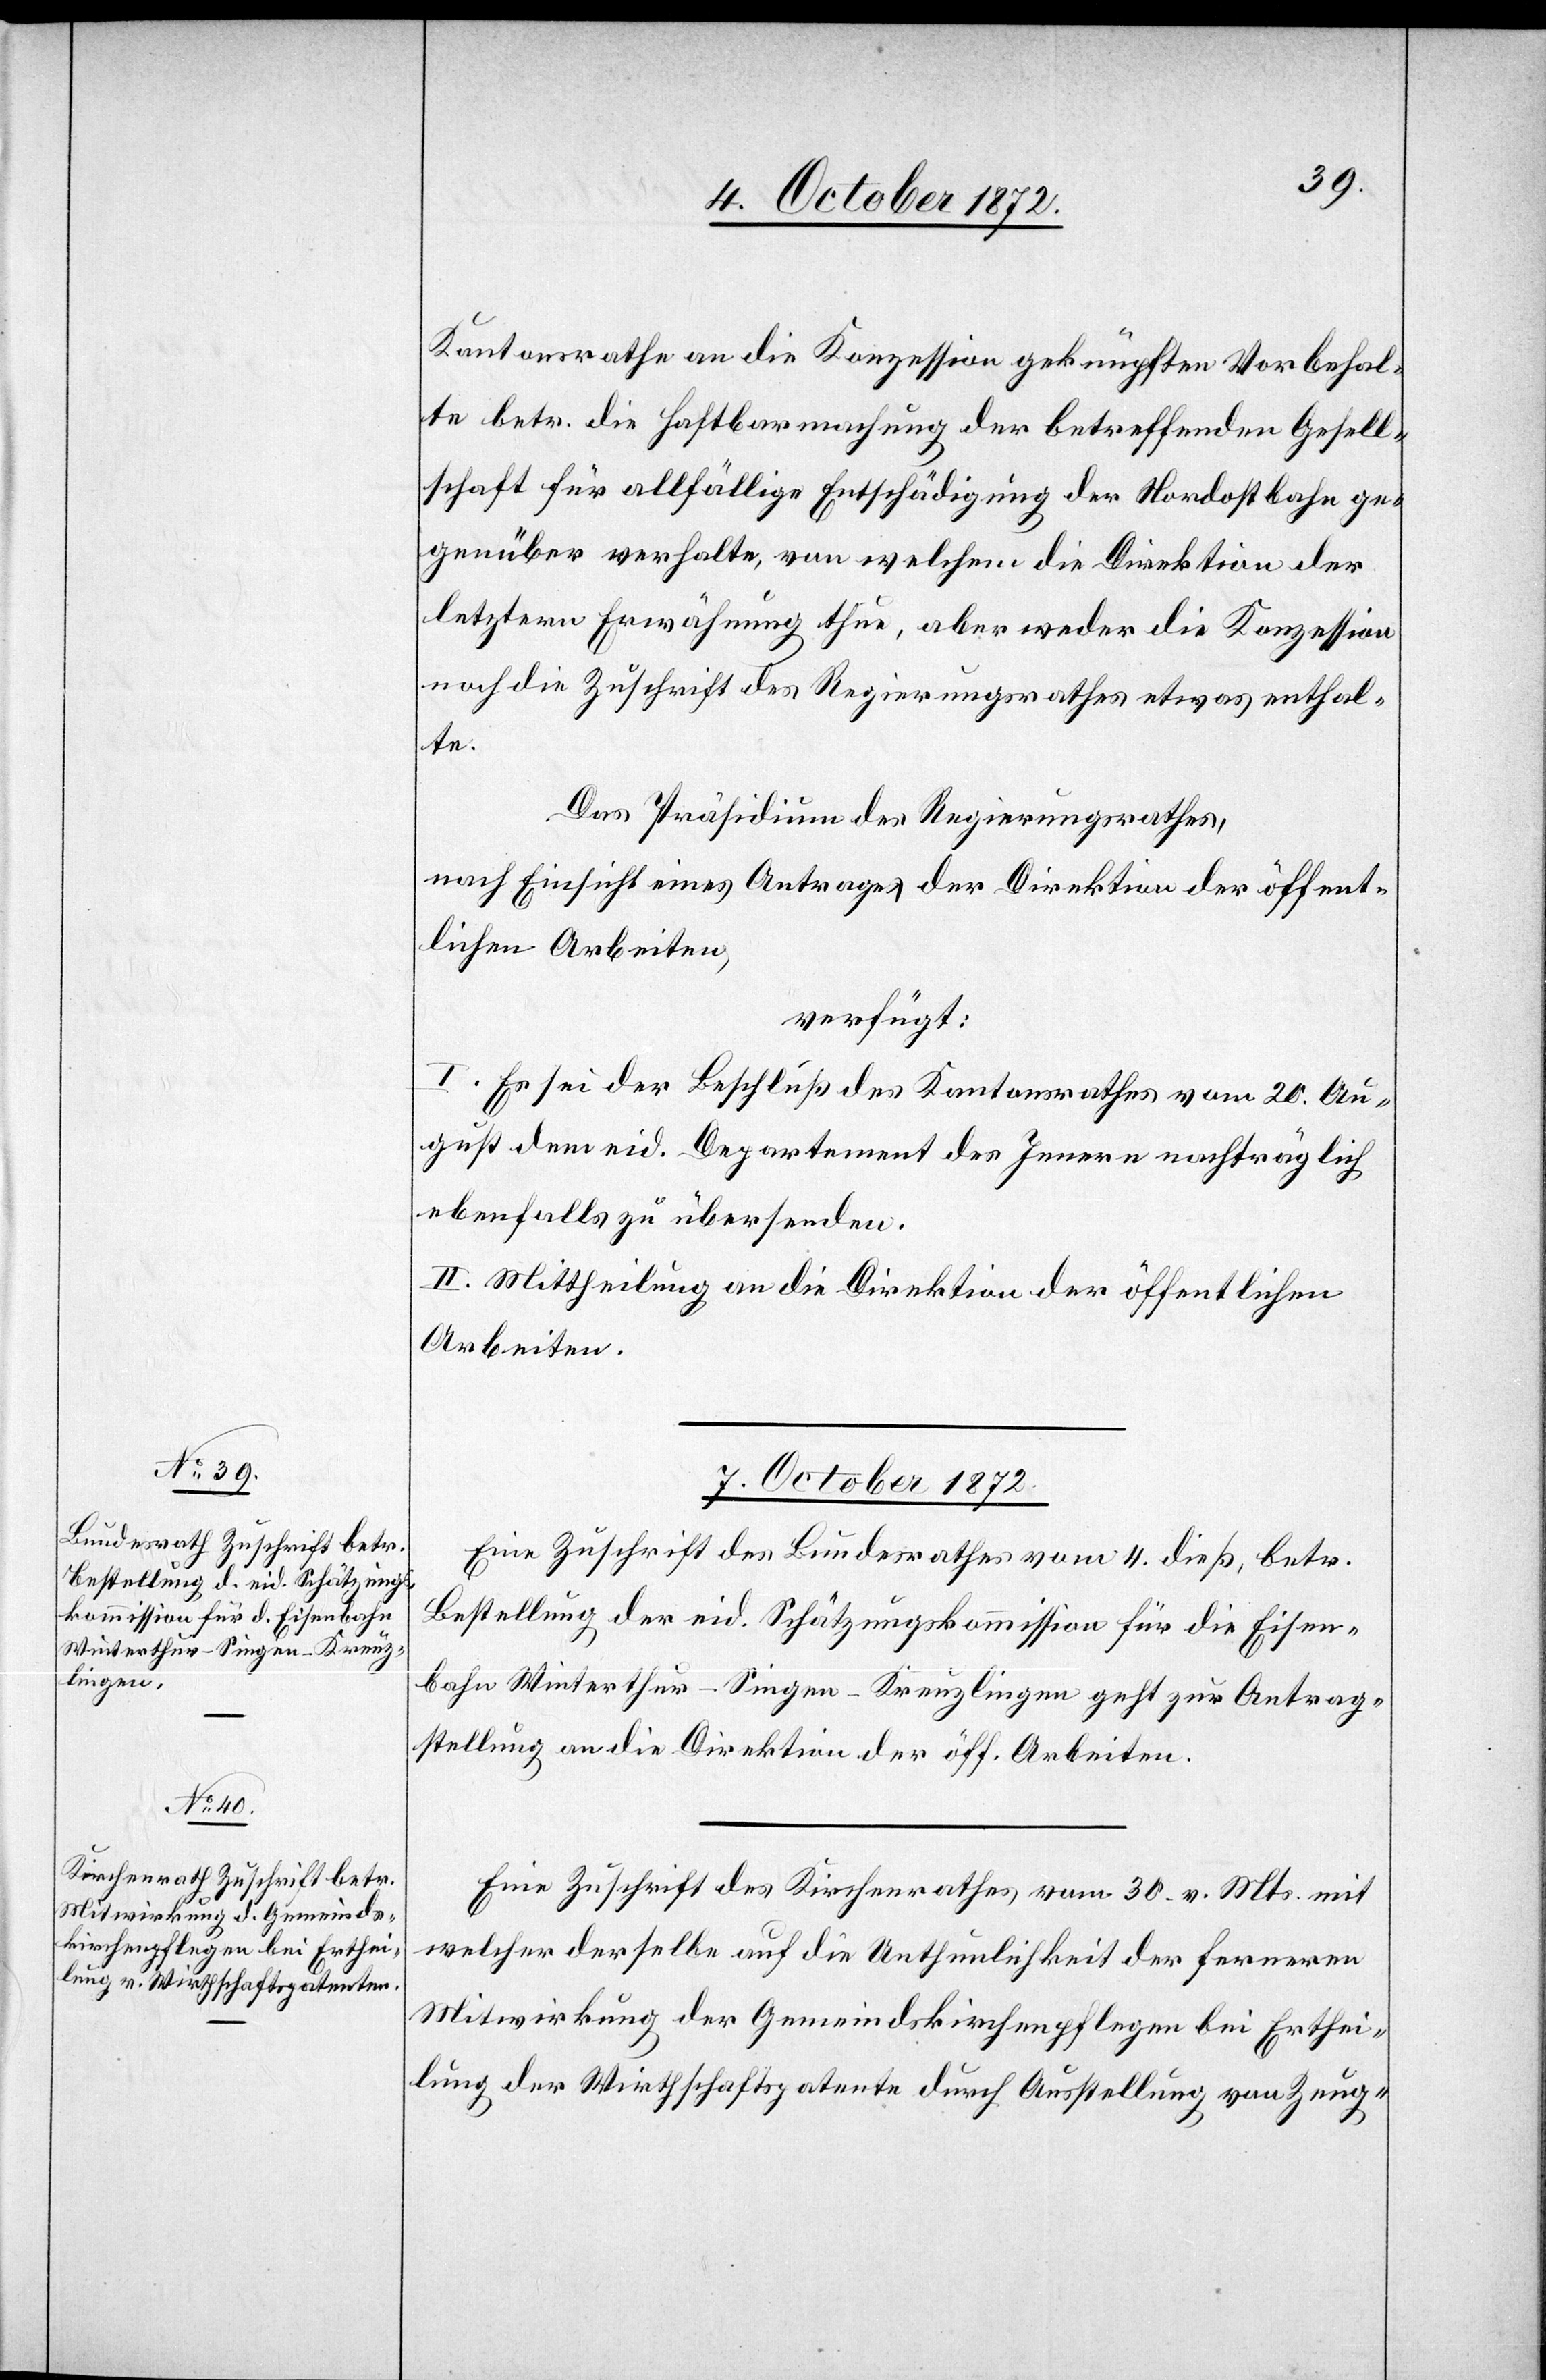
Kantonsrathe an die Konzession geknüpften Vorbehal¬
te betr. die Haftbarmachung der betreffenden Gesell¬
schaft für allfällige Entschädigung der Nordostbahn ge¬
genüber verhalte, von welchem die Direktion der
letztern Erwähnung thue, aber weder die Konzession
noch die Zuschrift des Regierungsrathes etwas enthal¬
te.
Das Präsidium des Regierungsrathes,
nach Einsicht eines Antrages der Direktion der öffent¬
lichen Arbeiten,
verfügt:
I. Es sei der Beschluß des Kantonsrathes vom 20. Au¬
gust dem eid. Departement des Innern nachträglich
ebenfalls zu übersenden.
II. Mittheilung an die Direktion der öffentlichen
Arbeiten.
7. October 1872.]
Eine Zuschrift des Bundesrathes vom 4. dieß, betr.
Bestellung der eid. Schätzungskommission für die Eisen¬
bahn Winterthur–Singen–Kreuzlingen geht zur Antrag¬
stellung an die Direktion der öff. Arbeiten.
Eine Zuschrift des Kirchenrathes vom 30. v. Mts. mit
welcher derselbe auf die Unthunlichkeit der ferneren
Mitwirkung der Gemeindskirchenpflegen bei Erthei¬
lung der Wirthschaftspatente durch Ausstellung von Zeug-